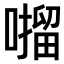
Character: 𫫶